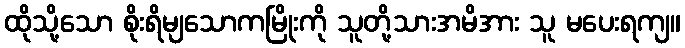
ထိုသို့သော စိုးရိမျသောကမြိုးကို သူတို့သားအမိအား သူ မပေးရကျ။